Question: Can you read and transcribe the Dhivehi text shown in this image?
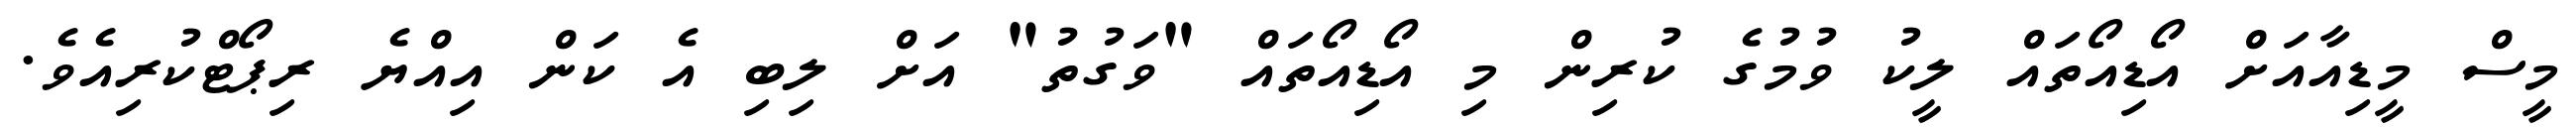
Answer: މީސް މީޑިއާއަށް އޯޑިއޯތައް ލީކު ވުމުގެ ކުރިން މި އޯޑިއޯތައް "ވަގުތު" އަށް ލިބި އެ ކަން އިއްޔެ ރިޕޯޓްކުރިއެވެ.